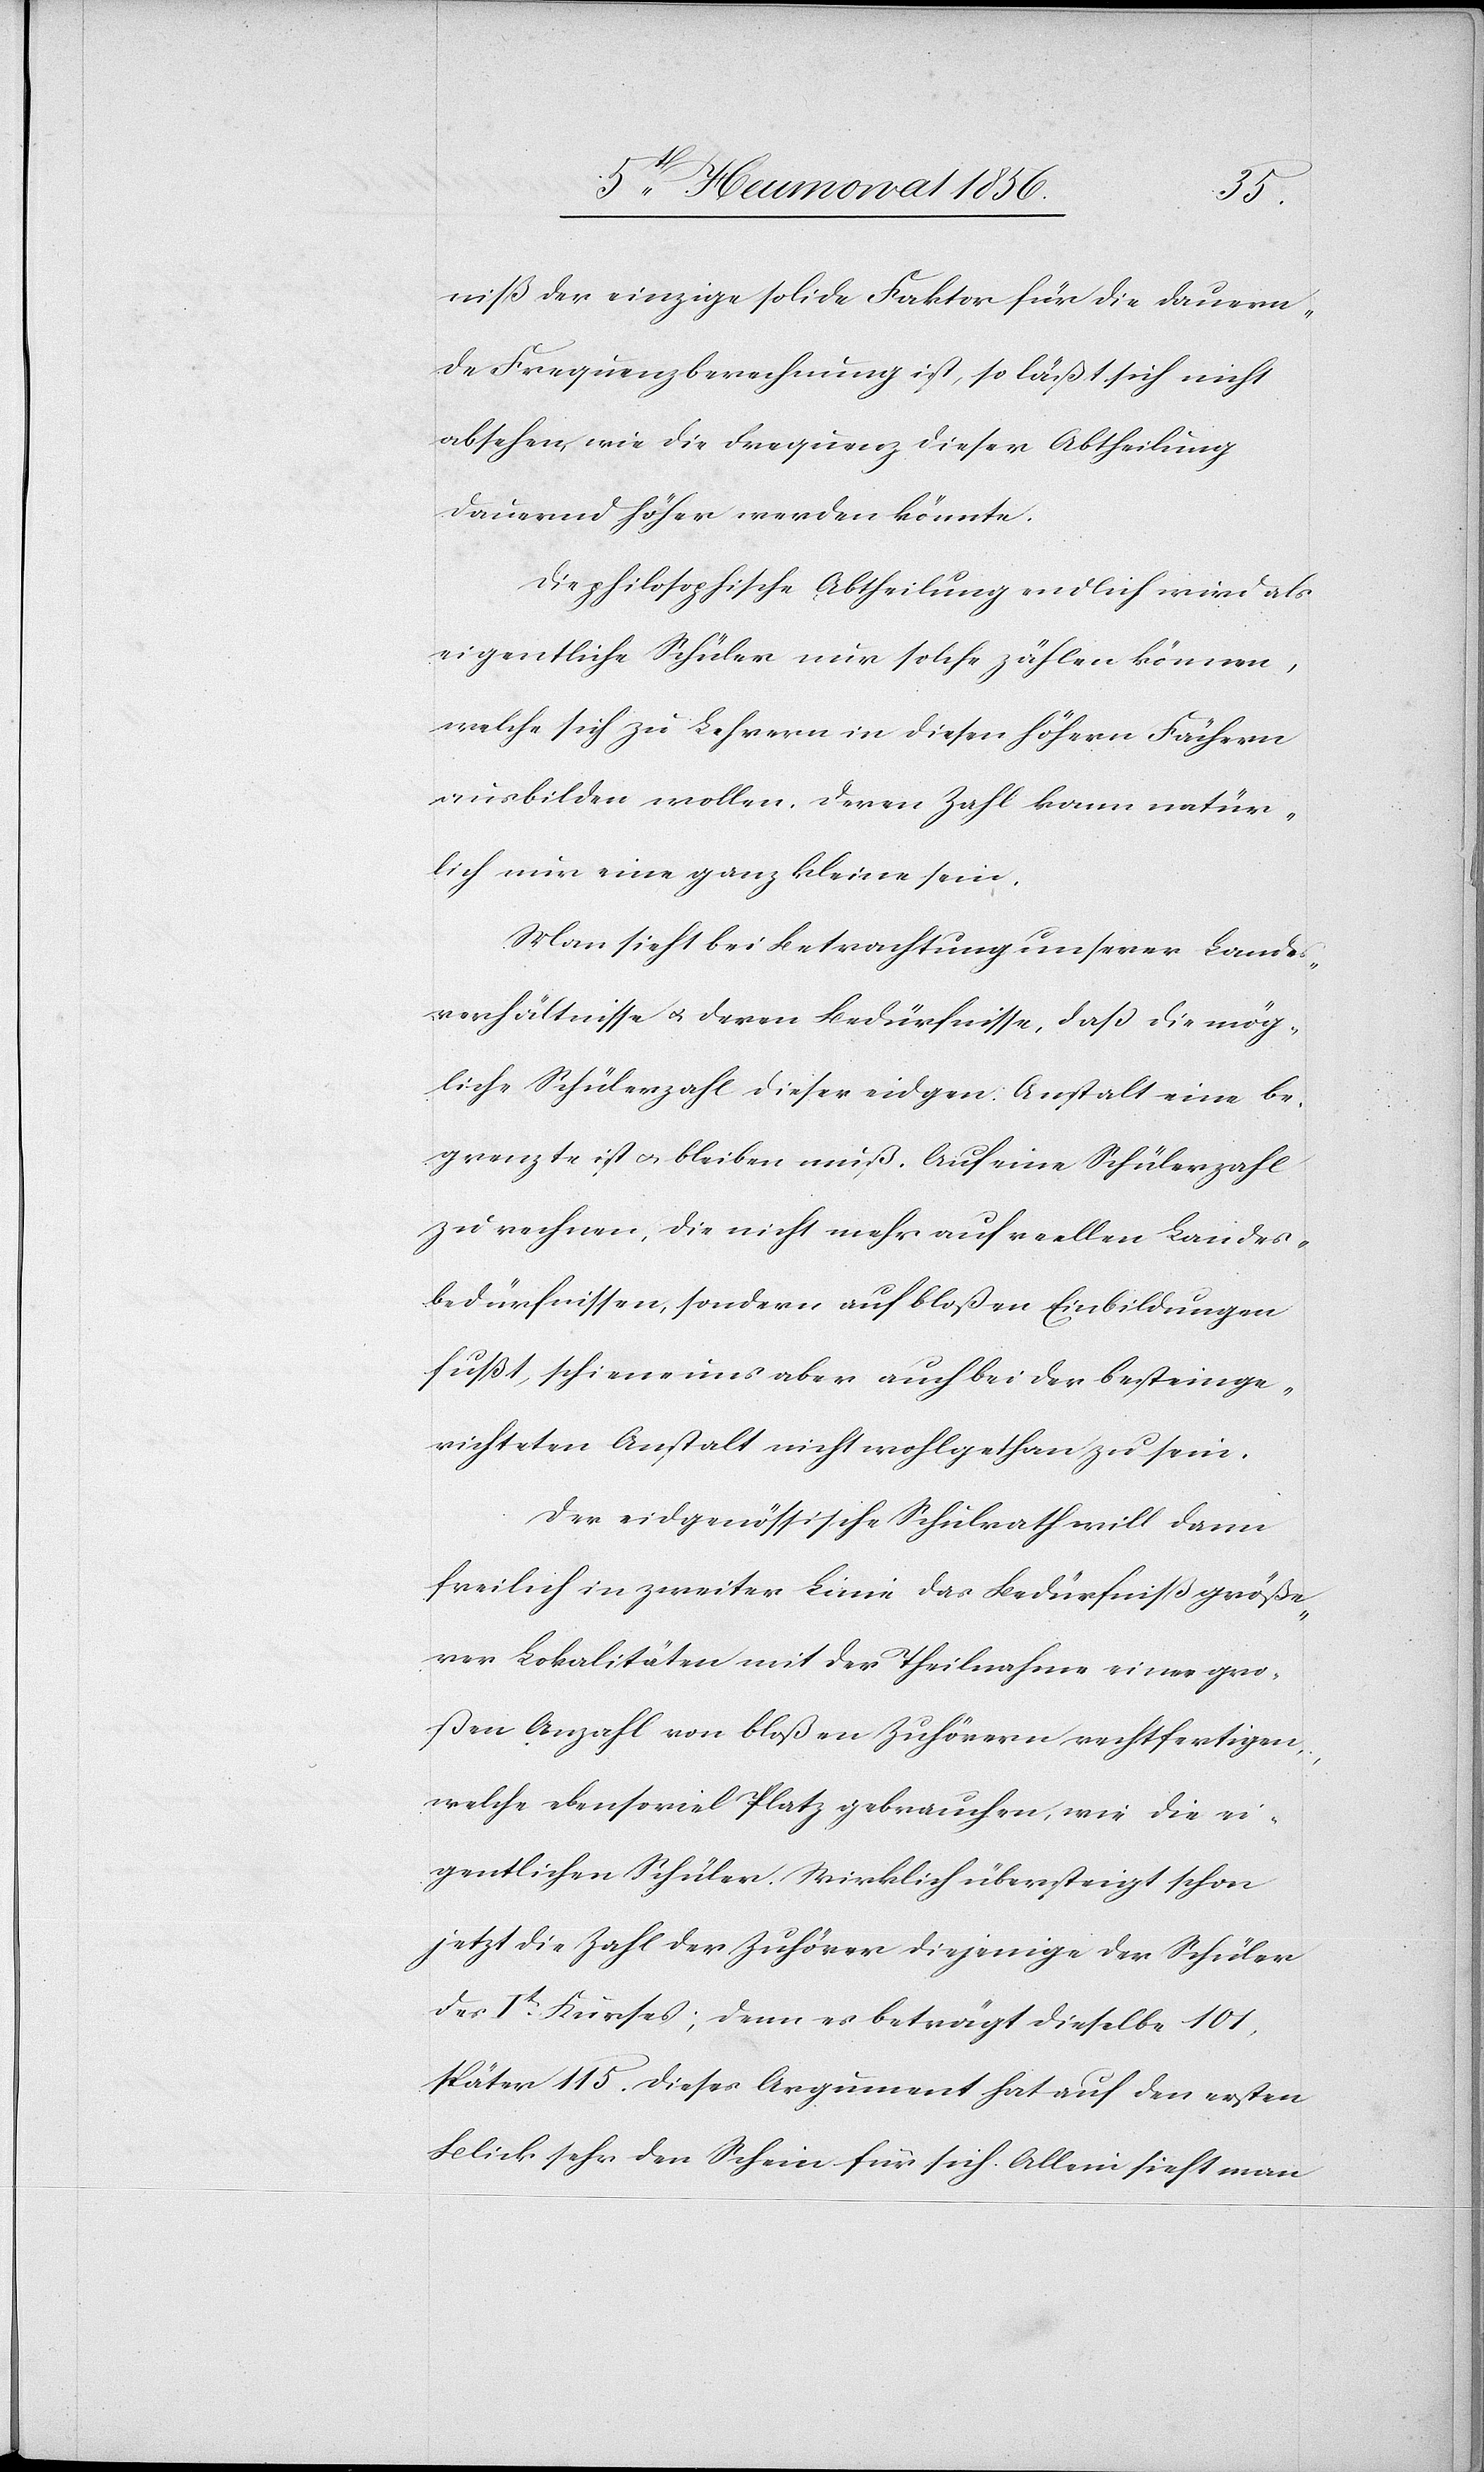
niß der einzige solide Faktor für die dauern¬
de Frequenzberechnung ist, so läßt sich nicht
absehen, wie die Frequenz dieser Abtheilung
dauern höher werden könnte.
Die philosophische Abtheilung endlich wird als
eigentliche Schüler nur solche zählen können,
welche sich zu Lehrern in diesen höhern Fächern
ausbilden wollen. Deren Zahl kann natür¬
lich nur eine ganz kleine sein.
Man sieht bei Betrachtung unserer Landes¬
verhältnisse u. deren Bedürfnisse, dass die mög¬
liche Schülerzahl dieser eidgen. Anstalt eine be¬
grenzte ist u. bleiben muß. Auf eine Schülerzahl
zu rechnen, die nicht mehr auf reellen Landes¬
bedürfnissen, sondern auf bloßen Einbildungen
fußt, schiene uns aber auch bei der besteinge¬
richteten Anstalt nicht wohlgethan zu sein.
Der eidgenössische Schulrath will dann
freilich in zweiter Linie das Bedürfniß größe¬
rer Lokalitäten mit der Theilnahme einer gro¬
ßen Anzahl von bloßen Zuhörern rechtfertigen,
welche ebensoviel Platz gebrauchen, wie die ei¬
gentlichen Schüler. Wirklich übersteigt schon
jetzt die Zahl der Zuhörer diejenige der Schüler
des It Kurses; denn es beträgt dieselbe 101,
später 115. Dieses Argument hat auf den ersten
Blick sehr den Schein für sich. Allein sieht man